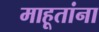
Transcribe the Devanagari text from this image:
माहूतांना